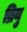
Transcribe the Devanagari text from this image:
ब्रियु